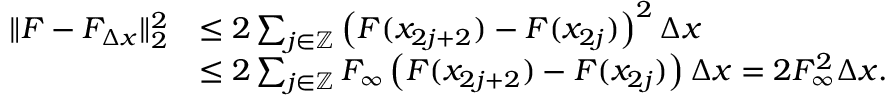
\begin{array} { r l } { \| F - F _ { \Delta x } \| _ { 2 } ^ { 2 } } & { \leq 2 \sum _ { j \in \mathbb { Z } } \left( F ( x _ { 2 j + 2 } ) - F ( x _ { 2 j } ) \right) ^ { 2 } \Delta x } \\ & { \leq 2 \sum _ { j \in \mathbb { Z } } F _ { \infty } \left( F ( x _ { 2 j + 2 } ) - F ( x _ { 2 j } ) \right) \Delta x = 2 F _ { \infty } ^ { 2 } \Delta x . } \end{array}